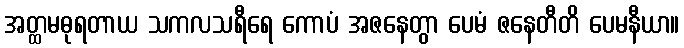
အတ္ထမဓုရတာယ သကလသရီရေ ကောပံ အဇနေတွာ ပေမံ ဇနေတီတိ ပေမနီယာ။